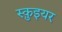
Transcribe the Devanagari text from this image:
स्क़ुइयर